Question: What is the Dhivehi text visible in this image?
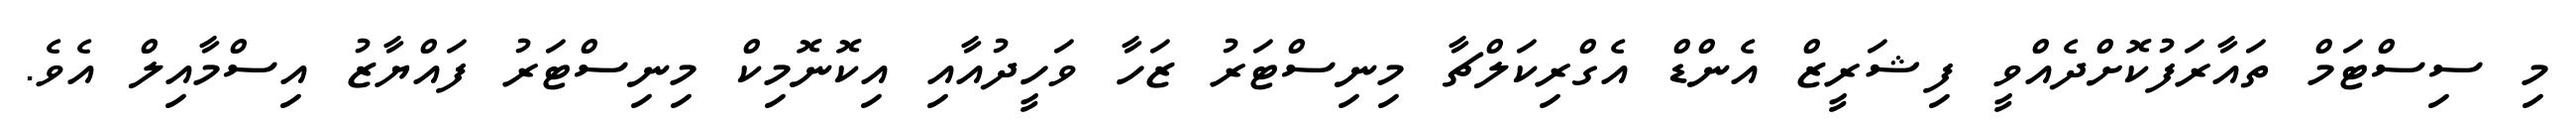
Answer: މި ސިސްޓަމް ތައާރަފުކޮށްދެއްވީ ފިޝަރީޒް އެންޑް އެގްރިކަލްޗާ މިނިސްޓަރު ޒަހާ ވަހީދުއާއި އިކޮނޮމިކް މިނިސްޓަރު ފައްޔާޒު އިސްމާއިލް އެވެ.